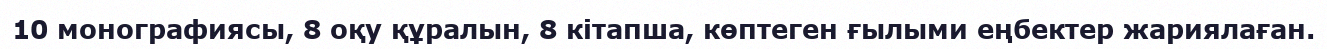
10 монографиясы, 8 оқу құралын, 8 кітапша, көптеген ғылыми еңбектер жариялаған.